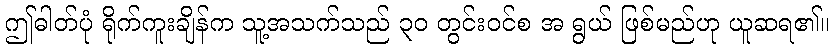
ဤဓါတ်ပုံ ရိုက်ကူးချိန်က သူ့အသက်သည် ၃၀ တွင်းဝင်စ အ ရွယ် ဖြစ်မည်ဟု ယူဆရ၏။